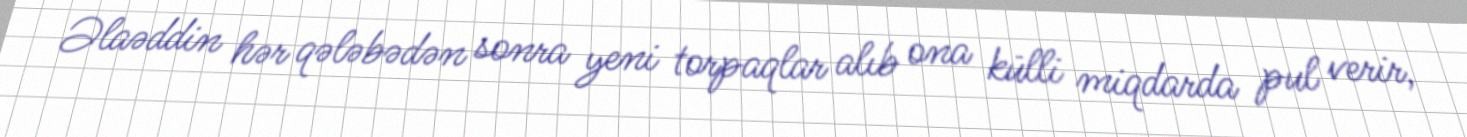
Əlaəddin hər qələbədən sonra yeni torpaqlar alıb ona külli miqdarda pul verir,